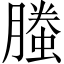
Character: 螣